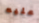
عليه